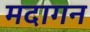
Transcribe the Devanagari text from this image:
मदागन